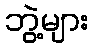
ဘွဲ့များ